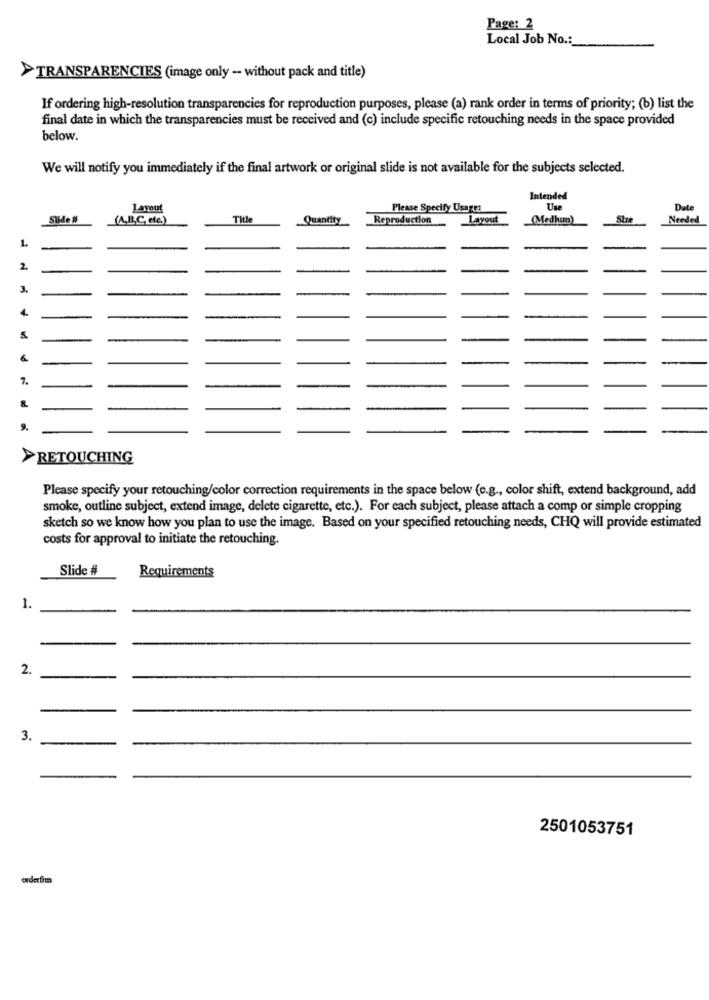
Page: 2
Local Job No .:
TRANSPARENCIES (image only - without pack and title)
If ordering high-resolution transparencies for reproduction purposes, please (a) rank order in terms of priority; (b) list the
final date in which the transparencies must be received and (c) include specific retouching needs in the space provided
below.
We will notify you immediately if the final artwork or original slide is not available for the subjects selected.
Intended
NOPIS
Layout
Please Specify Usages
Une
Date
(A,B,C ete.)
Title
Quantity
Reproduction
Layout
(Medium)
Size
Needed
2.
3.
4.
6.
7.
RETOUCHING
Please specify your retouching/color correction requirements in the space below (e.g ., color shift, extend background, add
smoke, outline subject, extend image, delete cigarette, etc.). For each subject, please attach a comp or simple cropping
sketch so we know how you plan to use the image. Based on your specified retouching needs, CHQ will provide estimated
costs for approval to initiate the retouching.
Slide #
Requirements
1.
2.
3.
2501053751
erderfim